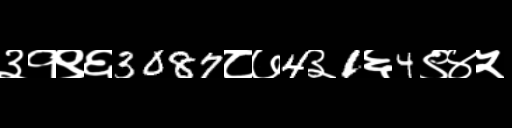
Text: ३१९६3087८७4३1६4९४५